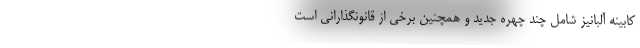
کابینه آلبانیز شامل چند چهره جدید و همچنین برخی از قانونگذارانی است